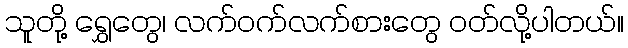
သူတို့ ရွှေတွေ၊ လက်ဝက်လက်စားတွေ ဝတ်လို့ပါတယ်။